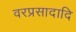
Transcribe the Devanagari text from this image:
वरप्रसादादि